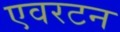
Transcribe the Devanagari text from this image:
एवरटन